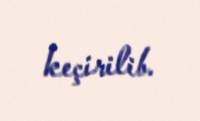
keçirilib.